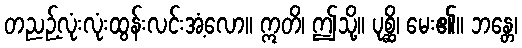
တညဉ့်လုံးလုံးထွန်းလင်းအံ့လော။ ဣတိ၊ ဤသို့။ ပုစ္ဆိ၊ မေး၏။ ဘန္တေ၊